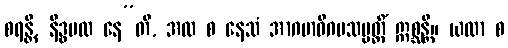
စရန္တိ, နိဒ္ဓမထ နေ”တိ, အထ စ နေသံ အာဂမာဓိဂမသမ္ပတ္တိံ ဣစ္ဆန္တိ။ ယထာ စ